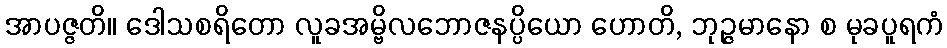
အာပဇ္ဇတိ။ ဒေါသစရိတော လူခအမ္ဗိလဘောဇနပ္ပိယော ဟောတိ, ဘုဉ္ဇမာနော စ မုခပူရကံ